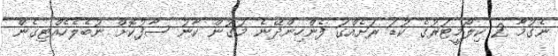
ނެގުމާ 2 ކިލޯމީޓަރުގެ ކުޑަ ރަށެއްގަ ފެންހިންދޭނެ މަގުން ކާނު ސާފުކޮށް ނުބެލެހެއްޓިގެން